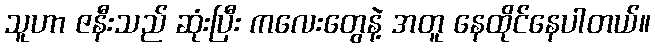
သူဟာ ဇနီးသည် ဆုံးပြီး ကလေးတွေနဲ့ အတူ နေထိုင်နေပါတယ်။